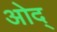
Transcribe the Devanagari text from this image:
ओद्